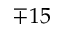
\mp 1 5